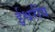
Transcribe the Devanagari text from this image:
ईश्वरींय